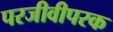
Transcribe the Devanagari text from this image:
परजीवीपरक